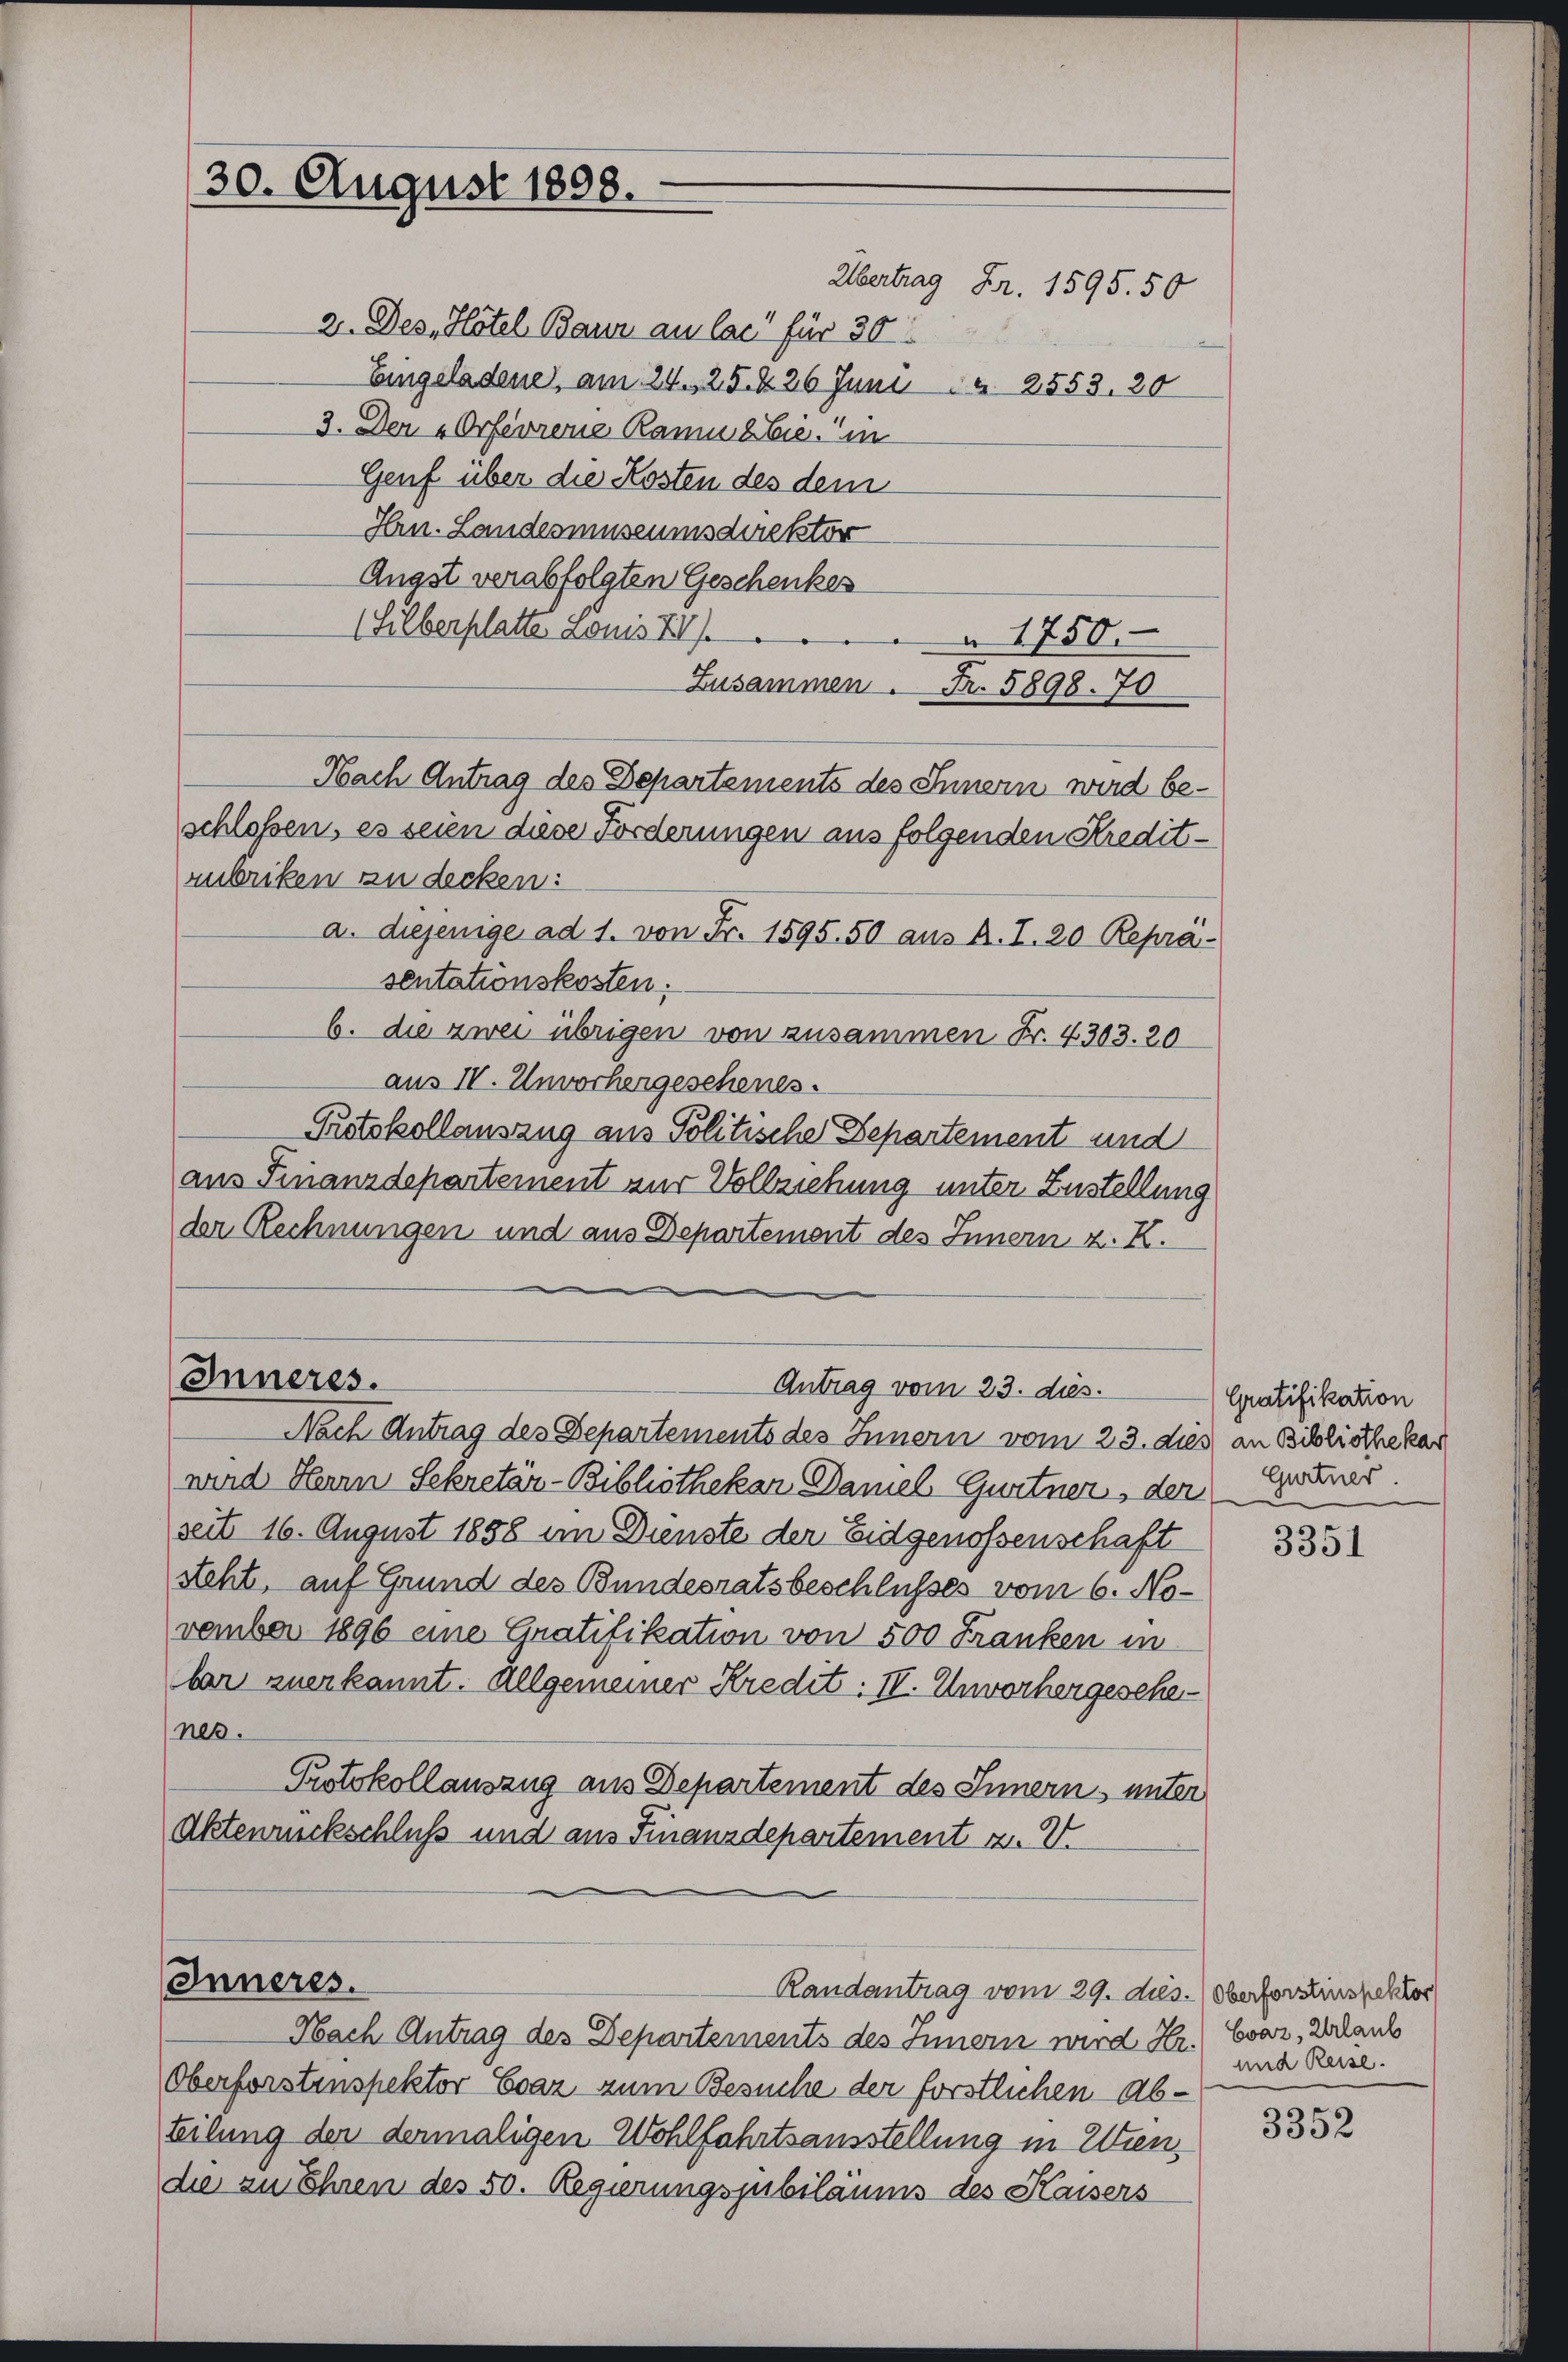
30. August 1808.

2. Des Hotel Baur au las für 30
Eingeladene, am 24. 25. d. 26 Juni 2553. 20
3. Der „Orfevrene Raumabie, in
Genf über die Kosten des dem
Hrn. Landeamuseumsdirektor
Ängst verabfolgten Geschenkes
Silberplatte Louis II
1750.
Zusammen. Fr. 5898. 70
Nach Antrag des Departements des Innern wird beschloßen, es seien diese Forderungen aus folgenden Kredit-
zubriken zu decken:
a. diejenige ad 1. von Fr. 1595. 50 aus A. L. 20 Reprä-
sentationskosten.
b. die zwei übrigen von zusammen Fr. 4303. 20
aus IV. Unvorhergeschenes.
Protokollauszug aus Politische Departement und
aus Finanzdepartement nur Vollziehung unter Zustellung
der Rechnungen und aus Departement des Innern z. K.

Inneres.
Antrag vom 23. dies.

Nach Antrag des Departements des Innern vom 23. dies an Bibliothekar
nund Herrn Sekretär-Bibliothekar Damel Gurtner, der Gener.
seit 16. August 1858 im Dienste der Eidgenossenschaft
steht, auf Grund des Bundesratsbeschlusses vom 6. No-
vember 1896 eine Gratifikation von 500 Franken in
bar zuerkannt. Allgemeiner Kredit: IV. Unvorhergeschen
nes.
Protokollauszug aus Departement des Innern unter
Aktenrückschluß und aus Finanzdepartement u. V.

Inneres.

Randantrag vom 29. dus. Oberforstinspektor

Übertrag Fr. 1595. 50

Nach Antrag des Departements des Innern wird Hr. Evar, Urlaub
Oberforstenspektor Evaz zum Besuche der förstlichen Abteilung der dermaligen Wohlfahrtsausstellung in Wiendie zu Ehren des 50. Regierungsjubiläums des Kaisers

Gratifikation

3351

und Reise.

3352